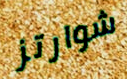
شوارتز